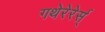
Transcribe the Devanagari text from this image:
गथेरेरेर्स्